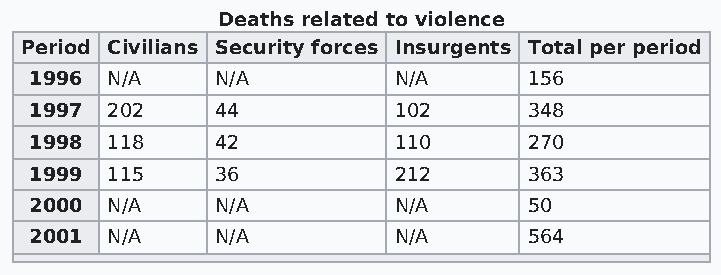
Deaths related to violence
 Period Civilians Security forces Insurgents Total per period
 1996 N/A    N/A         N/A      156
 1997 202    44          102      348
 1998 118    42          110      270
 1999 115    36          212      363
 2000 N/A    N/A         N/A      50
 2001 N/A    N/A         N/A      564